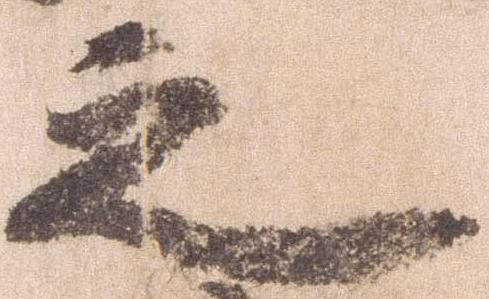
之